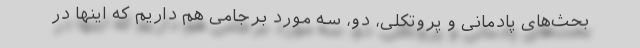
بحث‌های پادمانی و پروتکلی، دو، سه مورد برجامی هم داریم که اینها در